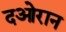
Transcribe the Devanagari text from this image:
दओरान